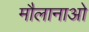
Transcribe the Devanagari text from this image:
मौलानाओ